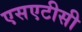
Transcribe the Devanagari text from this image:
एसएटीसी